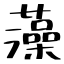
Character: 藻